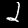
Label: 2